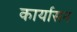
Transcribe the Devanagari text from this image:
कार्यासन